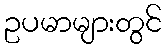
ဥပမာများတွင်